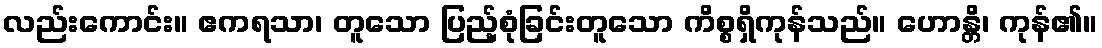
လည်းကောင်း။ ဧကရသာ၊ တူသော ပြည့်စုံခြင်းတူသော ကိစ္စရှိကုန်သည်။ ဟောန္တိ၊ ကုန်၏။